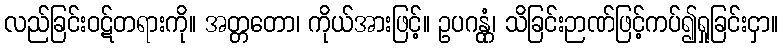
လည်ခြင်းဝဋ်တရားကို။ အတ္တတော၊ ကိုယ်အားဖြင့်။ ဥပဂန္တုံ၊ သိခြင်းဉာဏ်ဖြင့်ကပ်၍ရှုခြင်းငှာ။